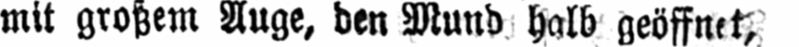
mit großem Auge, den Mund halb geöffnet,